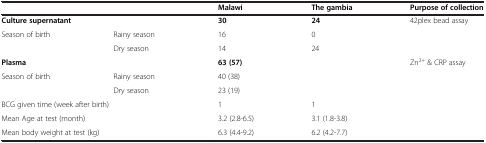
| <COLSPAN=2>  | Malawi | The gambia | Purpose of collection |
 | --- | --- | --- | --- | --- |
 | <COLSPAN=2> Culture supernatant | 30 | 24 | <ROWSPAN=3> 42plex bead assay |
 | <ROWSPAN=2> Season of birth | Rainy season | 16 | 0 |
 | Dry season | 14 | 24 |
 | <COLSPAN=2> Plasma | 63 (57) |  | <ROWSPAN=3> Zn2+ & CRP assay |
 | <ROWSPAN=2> Season of birth | Rainy season | 40 (38) |  |
 | Dry season | 23 (19) |  |
 | <COLSPAN=2> BCG given time (week after birth) | 1 | 1 |  |
 | <COLSPAN=2> Mean Age at test (month) | 3.2 (2.8-6.5) | 3.1 (1.8-3.8) |  |
 | <COLSPAN=2> Mean body weight at test (kg) | 6.3 (4.4-9.2) | 6.2 (4.2-7.7) |  |